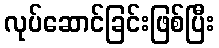
လုပ်ဆောင်ခြင်းဖြစ်ပြီး